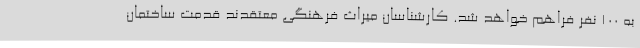
به 100 نفر فراهم خواهد شد. کارشناسان میراث فرهنگی معتقدند قدمت ساختمان